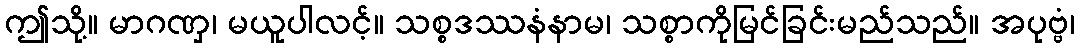
ဤသို့။ မာဂဏှ၊ မယူပါလင့်။ သစ္စဒဿနံနာမ၊ သစ္စာကိုမြင်ခြင်းမည်သည်။ အပုဗ္ဗံ၊